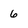
Character: 6